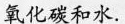
氧化碳和水。